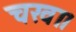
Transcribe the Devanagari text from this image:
चखा।